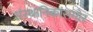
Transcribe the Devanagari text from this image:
संस्थानिकांसमोर